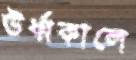
ঊর্ধ্বকালে